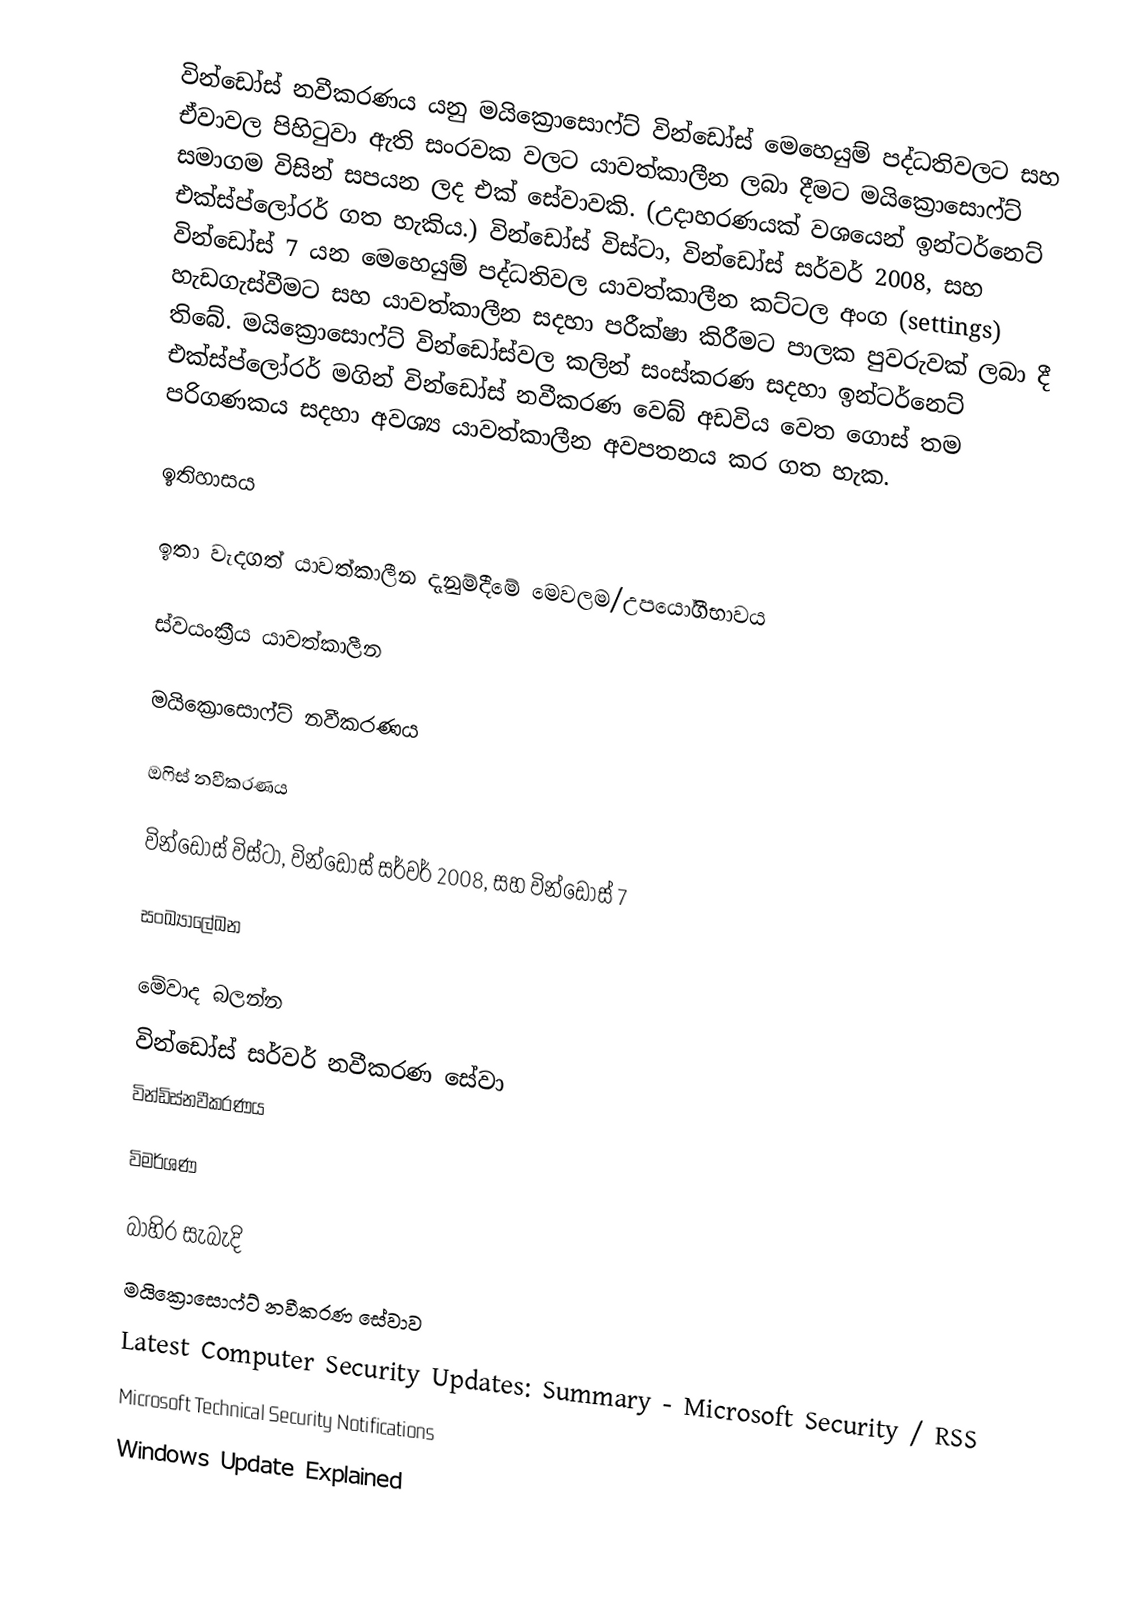
වින්ඩෝස් නවීකරණය යනු මයික්‍රොසොෆ්ට් වින්ඩෝස් මෙහෙයුම් පද්ධතිවලට සහ ඒවාවල පිහිටුවා ඇති සංරවක වලට යාවත්කාලීන ලබා දීමට මයික්‍රොසොෆ්ට් සමාගම විසින් සපයන ලද එක් සේවාවකි. (උදාහරණයක් වශයෙන් ඉන්ටර්නෙට් එක්ස්ප්ලෝරර් ගත හැකිය.) වින්ඩෝස් විස්ටා, වින්ඩෝස් සර්වර් 2008, සහ වින්ඩෝස් 7 යන මෙහෙයුම් පද්ධතිවල  යාවත්කාලීන කට්ටල අංග (settings)  හැඩගැස්වීමට සහ යාවත්කාලීන සදහා පරීක්ෂා කිරීමට පාලක පුවරුවක් ලබා දී තිබේ. මයික්‍රොසොෆ්ට් වින්ඩෝස්වල කලින් සංස්කරණ සදහා ඉන්ටර්නෙට් එක්ස්ප්ලෝරර් මගින් වින්ඩෝස් නවීකරණ වෙබ් අඩවිය වෙත ගොස් තම පරිගණකය සදහා අවශ්‍ය යාවත්කාලීන අවපතනය කර ගත හැක.

ඉතිහාසය

ඉතා වැදගත් යාවත්කාලීන දැනුම්දීමේ මෙවලම/උපයෝගීභාවය

ස්වයංක්‍රීය යාවත්කාලීන

මයික්‍රොසොෆ්ට් නවීකරණය

ඔෆිස් නවීකරණය

වින්ඩෝස් විස්ටා, වින්ඩෝස් සර්වර් 2008, සහ වින්ඩෝස් 7

සංඛ්‍යාලේඛන

මේවාද බලන්න
වින්ඩෝස් සර්වර් නවීකරණ සේවා
වින්ඩිස්නවීකරණය

විමර්ශණ

බාහිර සැබැදි
 මයික්‍රොසොෆ්ට් නවීකරණ සේවාව
Latest Computer Security Updates: Summary - Microsoft Security / RSS
Microsoft Technical Security Notifications
Windows Update Explained